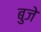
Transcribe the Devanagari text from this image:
बुजे